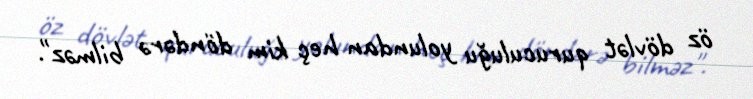
öz dövlət quruculuğu yolundan heç kim döndərə bilməz".